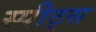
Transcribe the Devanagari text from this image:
स्पीट्स